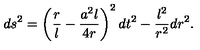
d s ^ { 2 } = \left( \frac r l - \frac { a ^ { 2 } l } { 4 r } \right) ^ { 2 } d t ^ { 2 } - \frac { l ^ { 2 } } { r ^ { 2 } } d r ^ { 2 } .